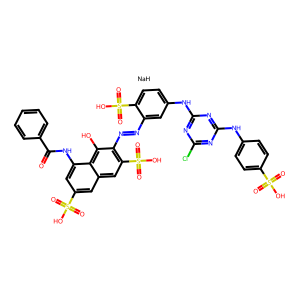
SMILES: O=C(Nc1cc(S(=O)(=O)O)cc2cc(S(=O)(=O)O)c(N=Nc3cc(Nc4nc(Cl)nc(Nc5ccc(S(=O)(=O)O)cc5)n4)ccc3S(=O)(=O)O)c(O)c12)c1ccccc1.[NaH]
Inhibits HIV replication: No